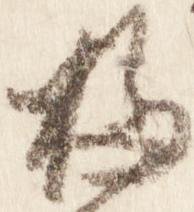
掃